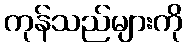
ကုန်သည်များကို